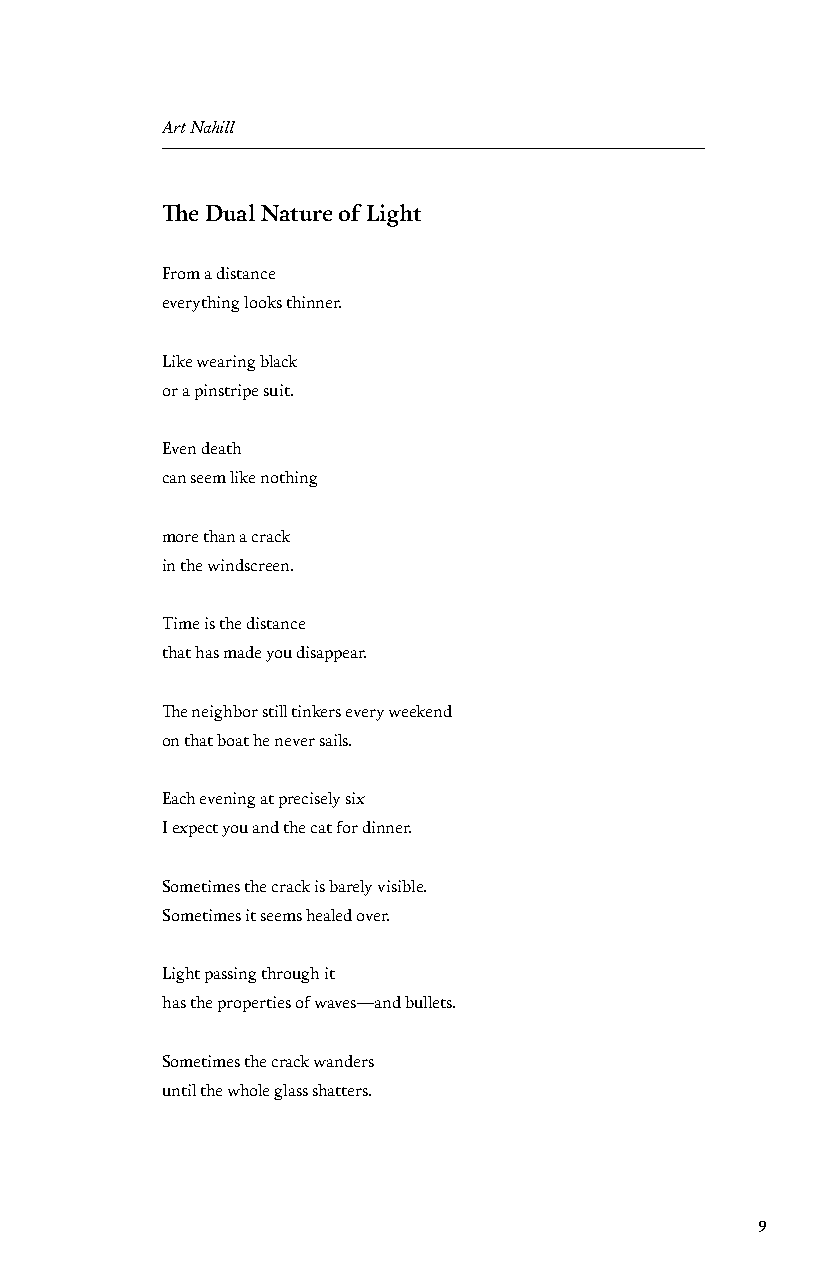
Art Nahill
 The Dual Nature of Light
 From a distance
 everything looks thinner.
 Like wearing black
 or a pinstripe suit.
 Even death
 can seem like nothing
 more than a crack
 in the windscreen.
 Time is the distance
 that has made you disappear.
 The neighbor still tinkers every weekend
 on that boat he never sails.
 Each evening at precisely six
 I expect you and the cat for dinner.
 Sometimes the crack is barely visible.
 Sometimes it seems healed over.
 Light passing through it
 has the properties of waves—and bullets.
 Sometimes the crack wanders
 until the whole glass shatters.
 9